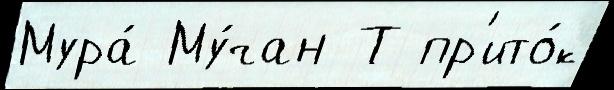
Мура́ Му́чан Т пр'ито́к